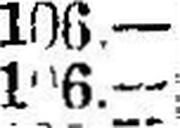
106.—